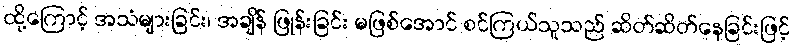
ထို့ကြောင့် အသံများခြင်း၊ အချိန် ဖြုန်းခြင်း မဖြစ်အောင် စင်ကြယ်သူသည် ဆိတ်ဆိတ်နေခြင်းဖြင့်